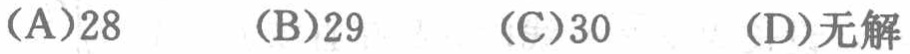
(A)28  (B)29  (C)30  (D)无解